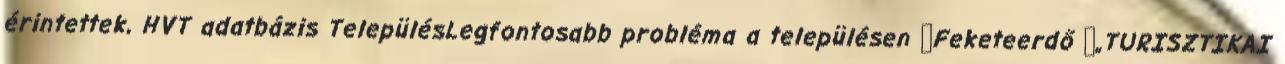
érintettek, HVT adatbázis TelepülésLegfontosabb probléma a településen ▪Feketeerdő ▪„TURISZTIKAI